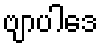
ဗျာပါဒေ